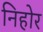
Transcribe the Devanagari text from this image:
निहोर